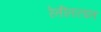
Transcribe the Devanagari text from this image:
रेतीतरडत